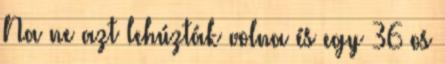
Na ne azt lehúzták volna és egy 36 os